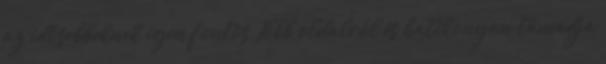
az idősebbeknek igen fontos Több oldalról és hatékonyan támadja